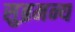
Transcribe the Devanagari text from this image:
सुब्रमन्य